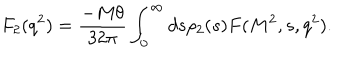
F _ { 2 } ( q ^ { 2 } ) = { \frac { - M \theta } { 3 2 \pi } } \int _ { 0 } ^ { \infty } d s \rho _ { 2 } ( s ) F ( M ^ { 2 } , s , q ^ { 2 } ) .